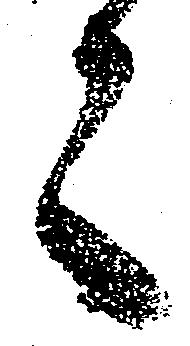
之